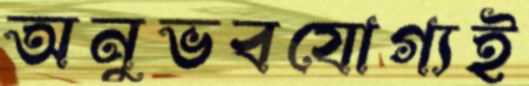
অনুভবযোগ্যই